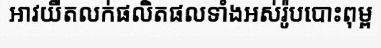
អាវយឺតលក់ផលិតផលទាំងអស់រ៉ូបបោះពុម្ព